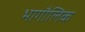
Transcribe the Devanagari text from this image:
भागौलिक